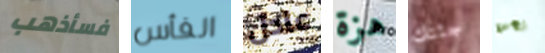
فسأذهب الفأس عادل هزة جثتك نحن